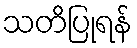
သတိပြုရန်